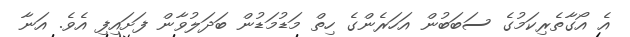
އެ އޯގާތެރިކަމުގެ ސަބަބުން އަހަރެންގެ ހިތް މަޑުމަޑުން ބަދަލުވާން ފަށައިފި އެވެ. އަނާ